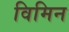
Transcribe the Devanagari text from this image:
विमिन